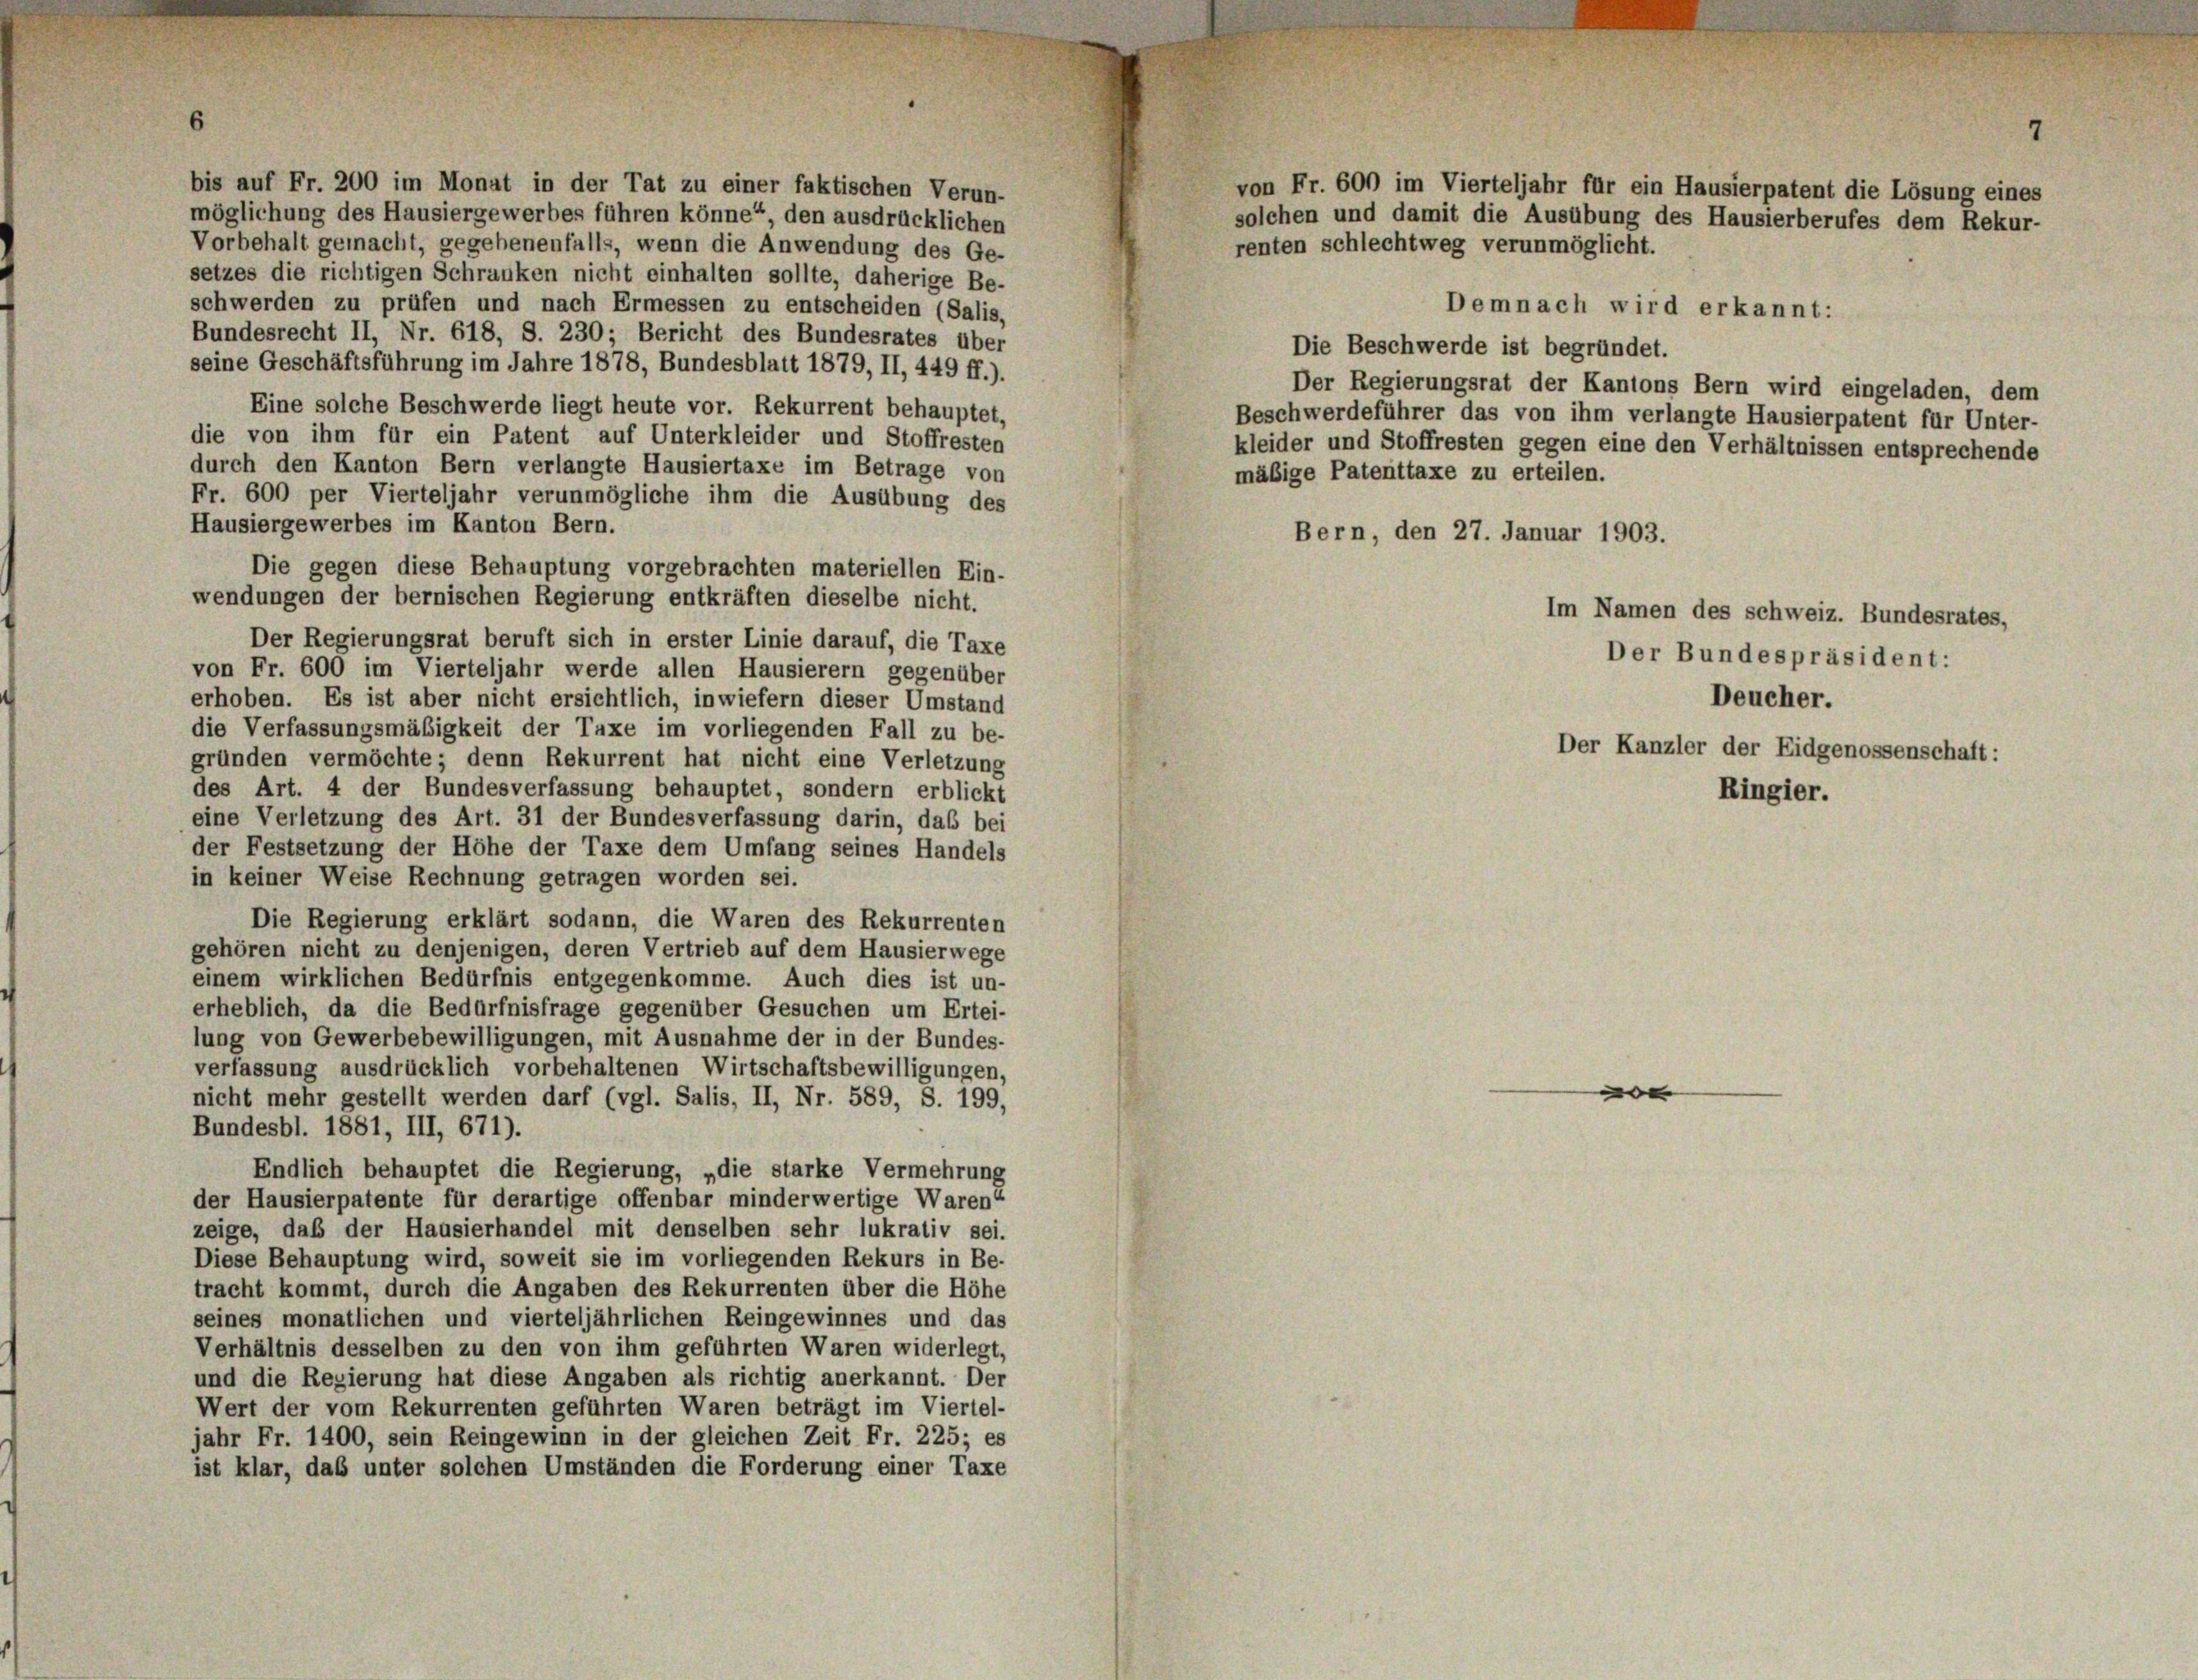
bis auf Fr. 200 im Monat in der Tat zu einer faktischen Verun-
möglichung des Hausiergewerbes führen könne“, den ausdrücklichen
renten schlechtweg verunmöglicht.
Vorbehalt gemacht, gegebenenfalls, wenn die Anwendung des Ge-
setzes die richtigen Schranken nicht einhalten sollte, daherige Be-
schwerden zu prüfen und nach Ermessen zu entscheiden (Salis,
Demnach wird erkannt:
Bundesrecht II, Nr. 618, S. 230; Bericht des Bundesrates über
Die Beschwerde ist begründet.
seine Geschäftsführung im Jahre 1878, Bundesblatt 1879, II, 449 ff.).
Der Regierungsrat der Kantons Bern wird eingeladen, dem
Eine solche Beschwerde liegt heute vor. Rekurrent behauptet,
Beschwerdeführer das von ihm verlangte Hausierpatent für Unter-
die von ihm für ein Patent auf Unterkleider und Stoffresten
kleider und Stoffresten gegen eine den Verhältnissen entsprechende
durch den Kanton Bern verlangte Hausiertaxe im Betrage von
mäßige Paterittaxe zu erteilen.
Fr. 600 per Vierteljahr verunmögliche ihm die Ausübung des
Hausiergewerbes im Kanton Bern.
Bern, den 27. Januar 1903.
Die gegen diese Behauptung vorgebrachten materiellen Ein-
wendungen der bernischen Regierung entkräften dieselbe nicht.
Im Namen des schweiz. Bundesrates,
Der Regierungsrat beruft sich in erster Linie darauf, die Taxe
Der Bundespräsident:
von Fr. 600 im Vierteljahr werde allen Hausierern gegenüber
Deucher.
erhoben. Es ist aber nicht ersichtlich, inwiefern dieser Umstand
die Verfassungsmäßigkeit der Taxe im vorliegenden Fall zu be-
gründen vermöchte; denn Rekurrent hat nicht eine Verletzung
des Art. 4 der Bundesverfassung behauptet, sondern erblickt
eine Verletzung des Art. 31 der Bundesverfassung darin, das bei
der Festsetzung der Höhe der Taxe dem Umfang seines Handels
in keiner Weise Rechnung getragen worden sei.
Die Regierung erklärt sodann, die Waren des Rekurrenten
gehören nicht zu denjenigen, deren Vertrieb auf dem Hausierwege
einem wirklichen Bedürfnis entgegenkomme. Auch dies ist un-
erheblich, da die Bedürfnisfrage gegenüber Gesuchen um Ertei-
lung von Gewerbebewilligungen, mit Ausnahme der in der Bundes-
verfassung ausdrücklich vorbehaltenen Wirtschaftsbewilligungen,
|
nicht mehr gestellt werden darf (vgl. Salis, II, Nr. 589, S. 199,
Bundesbl. 1881, III, 671).
Endlich behauptet die Regierung, „die starke Vermehrung
der Hausierpatente für derartige offenbar minderwertige Waren“
zeige, daß der Hausierhandel mit denselben sehr lukrativ sei.
Diese Behauptung wird, soweit sie im vorliegenden Rekurs in Be-
tracht kommt, durch die Angaben des Rekurrenten über die Höhe
seines monatlichen und vierteljährlichen Reingewinnes und das
Verhältnis desselben zu den von ihm geführten Waren widerlegt,
und die Regierung hat diese Angaben als richtig anerkannt. Der
Wert der vom Rekurrenten geführten Waren beträgt im Viertel-
jahr Fr. 1400, sein Reingewinn in der gleichen Zeit Fr. 225; es
ist klar, das unter solchen Umständen die Forderung einer Taxe

von Fr. 600 im Vierteljahr für ein Hausierpatent die Lösung eines
solchen und damit die Ausübung des Hausierberufes dem Rekur-

Der Kanzler der Eidgenossenschaft:
Ringier.